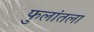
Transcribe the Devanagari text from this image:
फुलांतला